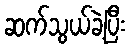
ဆက်သွယ်ခဲ့ပြီး